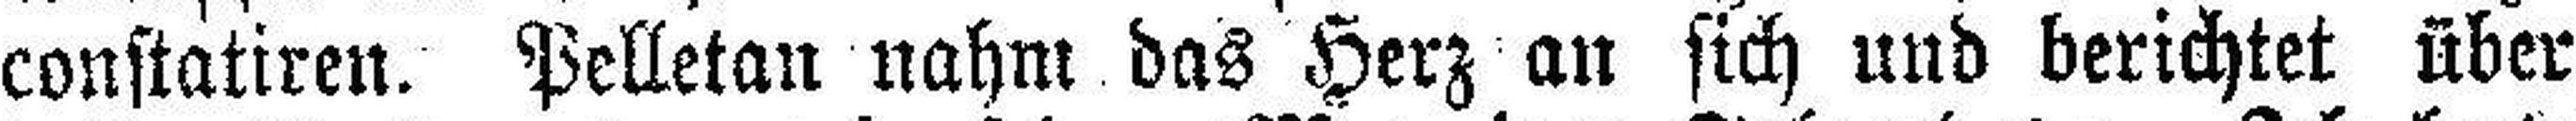
constatiren. Pelletan nahm das Herz an sich und berichtet über